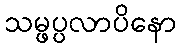
သမ္ဖပ္ပလာပိနော